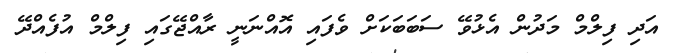
އަދި ފިލްމް މަދުން އެޅުވޭ ސަބަބަކަށް ވެފައި އޮއްނަނީ ރާއްޖޭގައި ފިލްމް އުފެއްދޭ